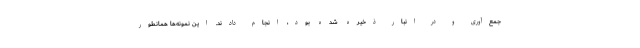
جمع‌آوری و در انبار ذخیره شده بود، انجام دادند. این نمونه‌ها همانطور